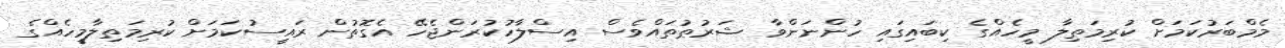
މެމްބަރުކަމަށް ކުރިމަތިލާ މީހެއްގެ ކިބައިގައި ހުންނަންވާ ޝަރުޠުތައްވެސް އިސްލާހުކުރަންޖެހޭ އެގޮތުން ރައީސުކަމަށް ކުރިމަތިލާމީހެއްގެ